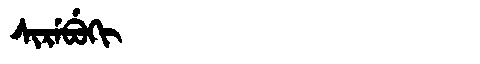
Manchu: ᠰᡳᡵᡝᠪᡠᡴᡳ
Romanization: SIREBUKI